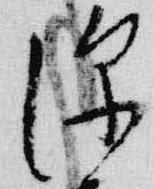
深